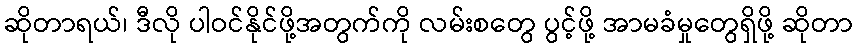
ဆိုတာရယ်၊ ဒီလို ပါဝင်နိုင်ဖို့အတွက်ကို လမ်းစတွေ ပွင့်ဖို့ အာမခံမှုတွေရှိဖို့ ဆိုတာ